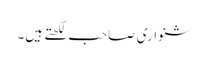
شنواری صاحب لکھتے ہیں۔